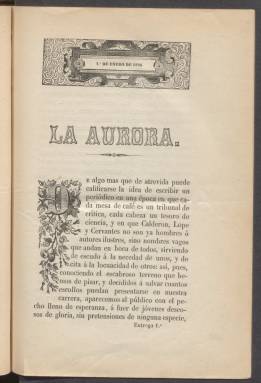
Título: La Aurora (Sevilla)
Colección: Literatura
Ámbito geográfico: Sevilla
Lugar de publicación: Sevilla
Fechas: 01/01/1846-16/02/1846

Revista literaria de periodicidad primero mensual y luego quincenal que apareció en la capital andaluza el 1 de enero de 1846. Todo parece indicar que fue una publicación efímera. La Biblioteca Nacional de España posee los tres primeros números. Hay un cuarto en posesión de la Universidad de Sevilla y se duda que tuviera continuación.

   En la primera entrega aparece la declaración de intenciones de los editores. A lo que parece, se trata de un grupo de jóvenes poetas encabezados por el firmante, José Núñez de Prado, personaje que contaba entonces 21 años y que tendría corriendo el tiempo gran importancia como jurista militar y político.

  En dicha declaración se dice que son jóvenes sin pretensiones que no pretenden regenerar la sociedad, que respetan las costumbres y religión de la nación y que la historia de España contará con un lugar destacado en la publicación. ‘Ni directa, ni indirectamente nos rozaremos jamás con la política, cuyo terreno es demasiado árido y escabroso, y ofrece pocos encantos a la imajinacion, que es el móvil y la guía de nuestra alma’, concluye el artículo firmado por Núñez de Prado.

  La revista tenía 16 páginas y se abría con una sección titulada Apuntes biográficos, en que se retrataba a un gran personaje de la Historia. En el número 2 es el conde duque de Olivares y en el número 3 el canciller inglés Tomás Moro. Las composiciones poéticas llenaban después la mayoría de las páginas dejando las últimas para artículos sobre moda, crítica de teatro y otros temas menores.

 José Núñez de Prado es claramente el alma de la publicación. En el primer número, además de la declaración de intenciones, se puede leer el arranque de una novela histórica suya titulada ‘La perla de Andalucía’. Y en el segundo número hay un amplio elogio al estreno en un teatro de Sevilla de su drama ‘Don Sancho el Bravo’, crónica firmada por otro colaborador de la revista.

  Núñez de Prado nació en Montilla en 1824 en el seno de una familia de un gran nivel económico. Estudió Jurisprudencia en Sevilla, donde publicó la revista con sus amigos, y se licenció en Madrid. Desarrolló luego una meteórica carrera en el Cuerpo Jurídico Militar. Según se lee en el diccionario biográfico de la Academia de la Historia, Núñez de Prado fue también diputado y gobernador de varias provincias por el partido conservador de Cánovas del Castillo y se reintegró en sus últimos años a la judicatura llegando a pertenecer al Tribunal Supremo.

[Descripción publicada el 7/09/2023]